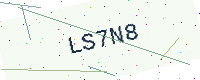
Text: LS7N8